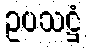
ဥပသဋ္ဌံ